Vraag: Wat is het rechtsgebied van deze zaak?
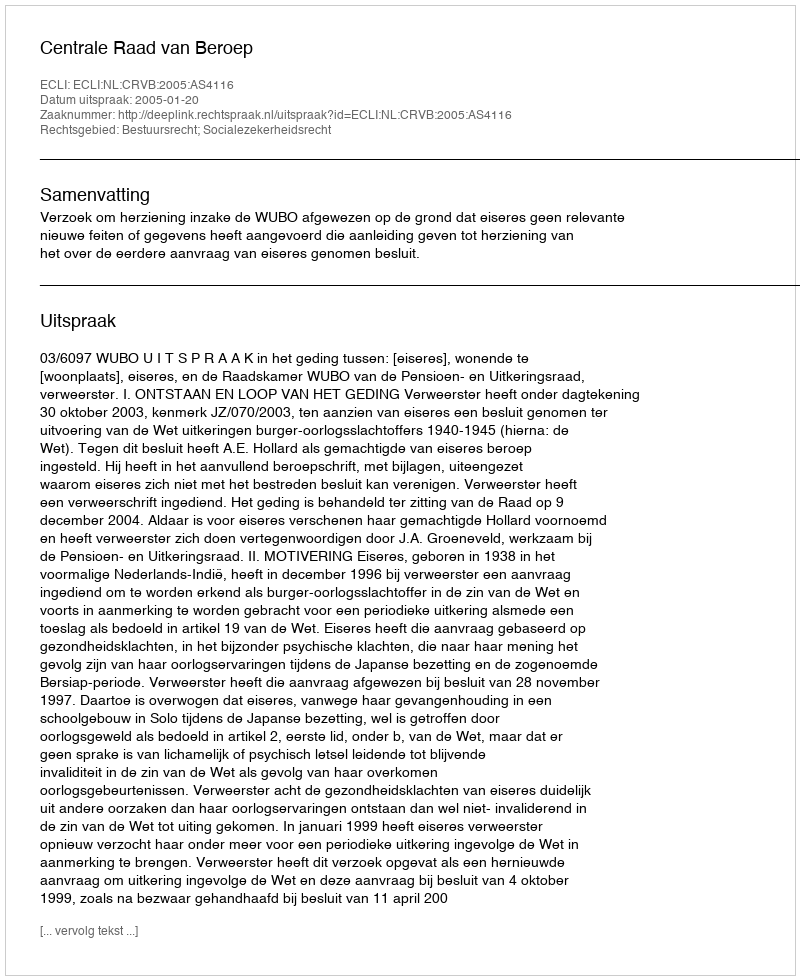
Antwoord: Bestuursrecht; Socialezekerheidsrecht